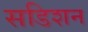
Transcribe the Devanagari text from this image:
सडिशन